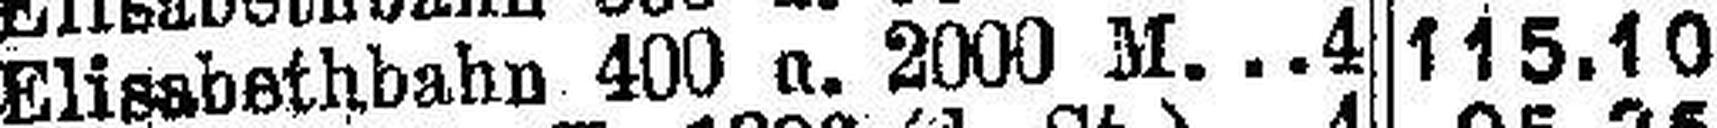
Elisabethbahn 400 u. 2000 M. 4